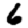
Digit: 6